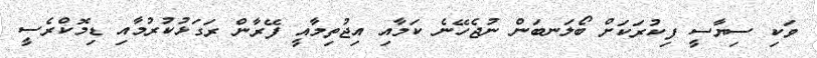
ވަކި ސިޔާސީ ފިކުރަކަށް ބޯލަނބަން ނުޖެހޭނެ ކަމާއި އިޖުތިމާއީ ފޭރާން ރަގަޅުކުރުމާއި ޑިމޮކްރެސީ